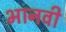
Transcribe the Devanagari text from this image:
भानवी